Lunatic asylums United Prov. 1922-30 - 1922-1930
Year: 1922
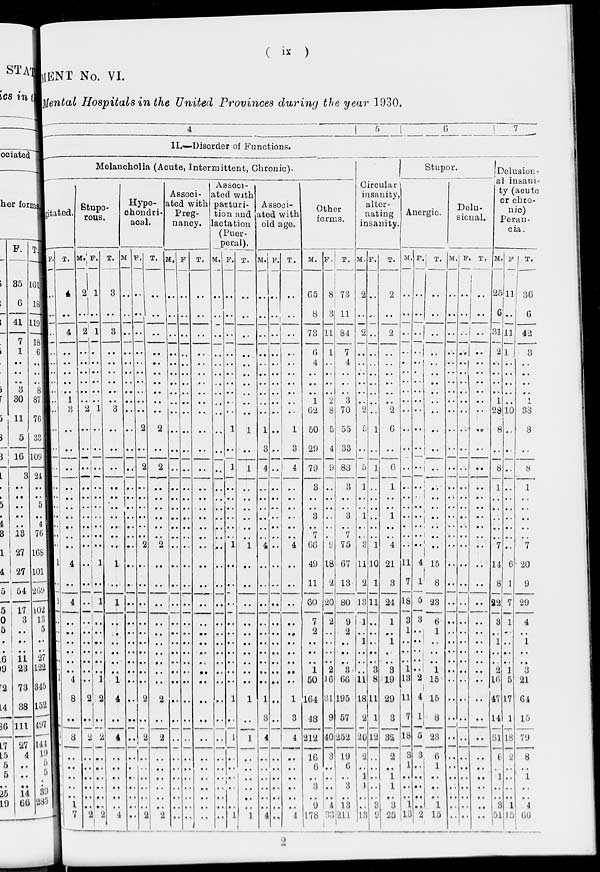
( ix )
STATEMENT
No. VI.
Mental Hospitals in the United Provinces during the year 1930.
4
5
6
7
II.—Disorder of Functions.
Melancholia (Acute, Intermittent, Chronic).
gitated.
F.
..
..
..
..
..
..
..
..
..
..
..
..
..
..
..
..
..
..
..
..
1
..
1
..
..
1
..
..
..
1
1
..
1
..
..
..
..
..
..
1
T.
4
..
4
..
..
..
..
..
1
3
..
..
..
..
..
..
..
..
..
..
4
..
4
..
..
..
..
..
..
4
8
..
8
..
..
..
..
..
1
7
Stupo-
rous.
M.
2
..
2
..
..
..
..
..
..
2
..
..
..
..
..
..
..
..
..
..
..
..
..
..
..
..
..
..
..
..
2
..
2
..
..
..
..
..
..
2
F.
1
..
1
..
..
..
..
..
..
1
..
..
..
..
..
..
..
..
..
..
1
..
1
..
..
..
..
..
..
1
2
..
2
..
..
..
..
..
..
2
T.
3
..
3
..
..
..
..
..
..
3
..
..
..
..
..
..
..
..
..
..
1
..
1
..
..
..
..
..
..
1
4
..
4
..
..
..
..
..
..
4
Hypo-
chondri-
acal.
M.
..
..
..
..
..
..
..
..
..
..
..
..
..
..
..
..
..
..
..
..
..
..
..
..
..
..
..
..
..
..
..
..
..
..
..
..
..
..
..
..
F.
..
..
..
..
..
..
..
..
..
..
2
..
2
..
..
..
..
..
..
2
..
..
..
..
..
..
..
..
..
..
2
..
2
..
..
..
..
..
..
2
T.
..
..
..
..
..
..
..
..
..
..
2
..
2
..
..
..
..
..
..
2
..
..
..
..
..
..
..
..
..
..
2
..
2
..
..
..
..
..
..
2
Associ-
ated with
Preg-
nancy.
M.
..
..
..
..
..
..
..
..
..
..
..
..
..
..
..
..
..
..
..
..
..
..
..
..
..
..
..
..
..
..
..
..
..
..
..
..
..
..
..
..
F.
..
..
..
..
..
..
..
..
..
..
..
..
..
..
..
..
..
..
..
..
..
..
..
..
..
..
..
..
..
..
..
..
..
..
..
..
..
..
..
..
T.
..
..
..
..
..
..
..
..
..
..
..
..
..
..
..
..
..
..
..
..
..
..
..
..
..
..
..
..
..
..
..
..
..
..
..
..
..
..
..
..
Associ-
ated with
parturi-
tion and
actation
(Puer-
peral).
M.
..
..
..
..
..
..
..
..
..
..
..
..
..
..
..
..
..
..
..
..
..
..
..
..
..
..
..
..
..
..
..
..
..
..
..
..
..
..
..
..
F.
..
..
..
..
..
..
..
..
..
..
1
..
1
..
..
..
..
..
..
1
..
..
..
..
..
..
..
..
..
..
1
..
1
..
..
..
..
..
..
1
T.
..
..
..
..
..
..
..
..
..
..
1
..
1
..
..
..
..
..
..
1
..
..
..
..
..
..
..
..
..
..
1
..
1
..
..
..
..
..
..
1
Associ-
ated with
old age.
M.
..
..
..
..
..
..
..
..
..
..
1
3
4
..
..
..
..
..
..
4
..
..
..
..
..
..
..
..
..
..
1
3
4
..
..
..
..
..
..
4
F.
..
..
..
..
..
..
..
..
..
..
..
..
..
..
..
..
..
..
..
..
..
..
..
..
..
..
..
..
..
..
..
..
..
..
..
..
..
..
..
..
T.
..
..
..
..
..
..
..
..
..
..
1
3
4
..
..
..
..
..
..
4
..
..
..
..
..
..
..
..
..
..
1
3
4
..
..
..
..
..
..
4
Other
forms.
M.
65
8
73
6
4
..
..
..
1
62
50
29
79
3
..
..
3
..
7
66
49
11
60
7
2
..
..
..
1
50
164
48
212
16
6
..
3
..
9
178
F.
8
3
11
1
..
..
..
..
2
8
5
4
9
..
..
..
..
..
..
9
18
2
20
2
..
..
..
..
2
16
31
9
40
3
..
..
..
..
4
33
T.
73
11
84
7
4
..
..
..
3
70
55
33
88
3
..
..
3
..
7
75
67
13
80
9
2
..
..
..
3
66
195
57
252
19
6
..
3
..
13
211
Circular
insanity,
alter-
nating
insanity.
M.
2
..
2
..
..
..
..
..
..
2
5
..
5
1
..
..
1
..
..
3
11
2
13
1
..
1
..
..
..
11
18
2
20
2
..
1
1
..
..
13
F.
..
..
..
..
..
..
..
..
..
..
1
..
1
..
..
..
..
..
..
1
10
1
11
..
..
..
..
..
3
8
11
1
12
..
..
..
..
..
3
..
T.
2
..
2
..
..
..
..
..
..
2
6
..
6
1
..
..
1
..
..
4
21
3
24
1
..
1
..
..
3
19
29
3
32
2
..
1
1
..
3
25
Stupor.
Anergic.
M.
..
..
..
..
..
..
..
..
..
..
..
..
..
..
..
..
..
..
..
..
11
7
18
3
1
..
..
..
1
13
11
7
18
3
1
..
..
..
1
13
F.
..
..
..
..
..
..
..
..
..
..
..
..
..
..
..
..
..
..
..
..
4
1
5
3
..
..
..
..
..
2
4
1
5
3
..
..
..
..
..
2
T.
..
..
..
..
..
..
..
..
..
..
..
..
..
..
..
..
..
..
..
..
15
8
23
6
1
..
..
..
1
15
15
8
23
6
1
..
..
..
1
15
Delu-
sional.
M.
..
..
..
..
..
..
..
..
..
..
..
..
..
..
..
..
..
..
..
..
..
..
..
..
..
..
..
..
..
..
..
..
..
..
..
..
..
..
..
..
F.
..
..
..
..
..
..
..
..
..
..
..
..
..
..
..
..
..
..
..
..
..
..
..
..
. .
..
..
..
..
..
..
..
..
..
..
..
..
..
..
..
T.
..
..
..
..
..
..
..
..
..
..
..
..
..
..
..
..
..
..
..
..
..
..
..
..
..
..
..
..
..
..
..
..
..
..
..
..
..
..
..
..
Delusion-
al insani-
ty (acute
or chro-
nic)
Peran-
cia.
M.
25
6
31
2
..
..
..
..
1
28
8
..
8
1
..
..
..
..
..
7
14
8
22
3
..
1
..
..
2
16
47
14
81
6
..
1
..
..
3
51
F.
11
..
11
1
..
..
..
..
..
10
..
..
..
..
..
..
..
..
..
..
6
1
7
1
..
..
..
..
1
5
17
1
18
2
..
..
..
..
1
15
T.
36
6
42
3
..
..
..
..
1
38
8
..
8
1
..
..
..
..
..
7
20
9
29
4
..
1
..
..
3
21
64
15
79
8
..
1
..
..
4
66